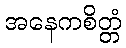
အနေကစိတ္တံ